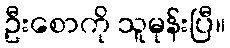
ဦးစောကို သူမုန်းပြီ။